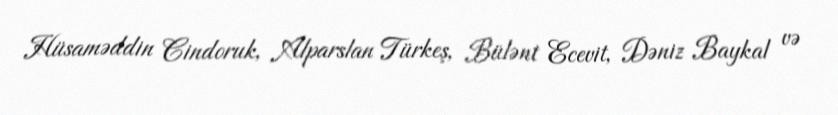
Hüsaməddin Cindoruk, Alparslan Türkeş, Bülənt Ecevit, Dəniz Baykal və